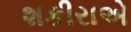
શકીરાએ